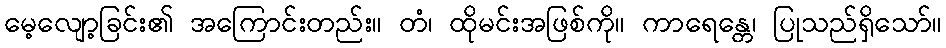
မေ့လျော့ခြင်း၏ အကြောင်းတည်း။ တံ၊ ထိုမင်းအဖြစ်ကို။ ကာရေန္တေ၊ ပြုသည်ရှိသော်။